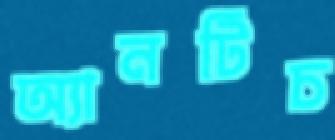
অ্যানটিচ